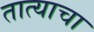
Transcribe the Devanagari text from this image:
तात्याचा